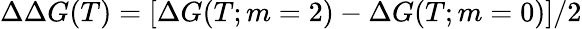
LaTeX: \Delta\Delta G(T)=[\Delta G(T;m=2)-\Delta G(T;m=0)]/2